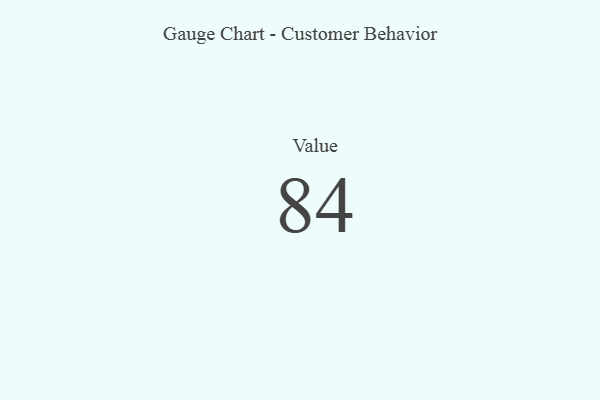
{"axis": {"x": "Metric", "y": "Value"}, "legend": [""], "data": [{"x": "Value", "y": 84, "type": ""}]}